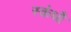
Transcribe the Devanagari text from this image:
स्कंधौ